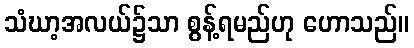
သံဃာ့အလယ်၌သာ စွန့်ရမည်ဟု ဟောသည်။